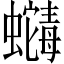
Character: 𬠶